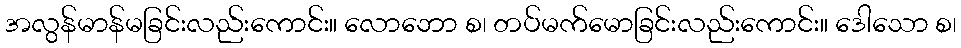
အလွန်မာန်မခြင်းလည်းကောင်း။ လောဘော စ၊ တပ်မက်မောခြင်းလည်းကောင်း။ ဒေါသော စ၊